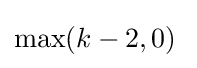
\max(k-2,0)\;